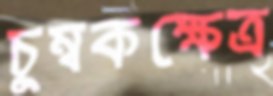
চুম্বকক্ষেত্র